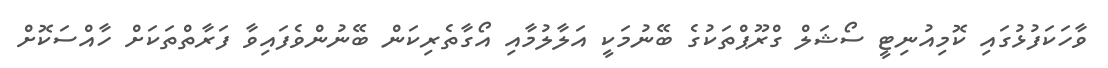
ވާހަކަފުޅުގައި ކޮމިއުނިޓީ ސޯޝަލް ގްރޫޕްތަކުގެ ބޭނުމަކީ އަލާލުމާއި އޯގާތެރިކަން ބޭނުންވެފައިވާ ފަރާތްތަކަށް ހާއްސަކޮށް